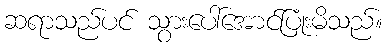
ဆရာသည်ပင် သွားပေါ်အောင်ပြုံးမိသည်။